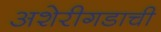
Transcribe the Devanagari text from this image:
अशेरीगडाची